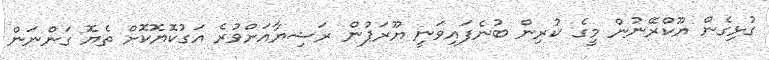
ގުޅިގެން ޔޫކްރޭނުން މީގެ ކުރިން ބުނެފައިވަނީ ޔޫރަޕުން ރަޝިޔާއަށްވުރެ އަގުކޮޔޮކޮށް ތެޔޮ ގަންނަން